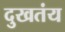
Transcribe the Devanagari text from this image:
दुखतंय